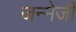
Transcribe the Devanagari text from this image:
जन्मेजी